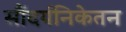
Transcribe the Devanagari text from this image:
सौंदर्यनिकेतन